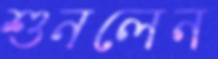
শুনলেন